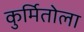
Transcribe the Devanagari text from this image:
कुर्मितोला